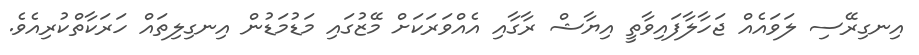
އިނގިރޭސި ލަވައެއް ޖަހާލާފައިވާތީ އިޔާޝް ރާގާއި އެއްވަރަކަށް މޭޒުގައި މަޑުމަޑުން އިނގިލިތައް ހަރަކާތްކުރިއެވެ.